Civil Veterinary Department. Central Provinces & Berar 1925-31 - 1925-1931
Year: 1925
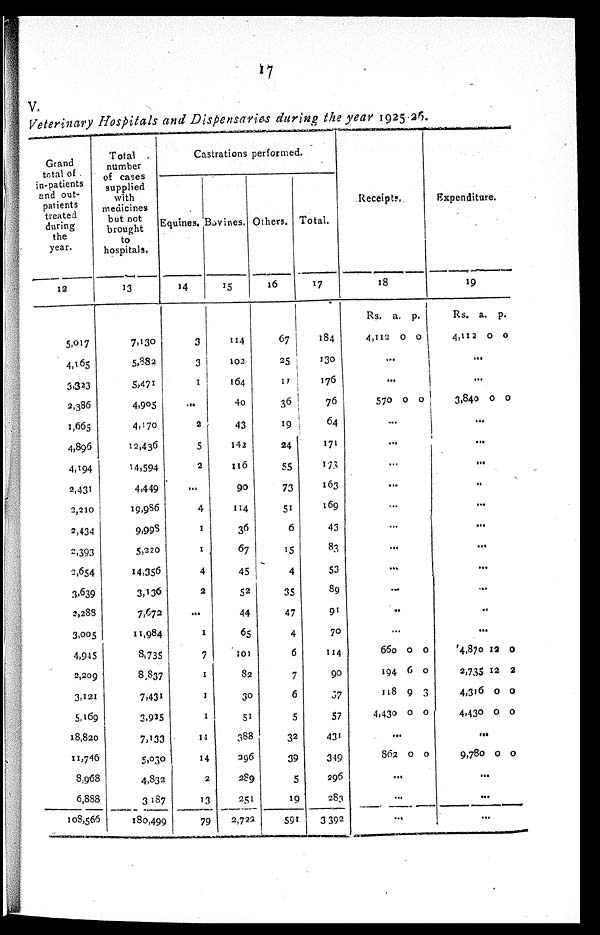
17
V.
Veterinary Hospitals and Dispensaries during the year 1925-26.
Grand
total of
in-patients
and out-
patients
treated
during
the
year.
12
5,017
4,165
3,323
2,386
1,665
4,896
4,194
2,431
2,210
2,434
2,393
2,654
3,639
2,288
3,005
4,945
2,209
3,121
5,169
18,820
11,746
8,968
6,888
108,566
Total
number
of cases
supplied
with
medicines
but not
brought
to
hospitals.
13
7,130
5,882
5,471
4,905
4,170
12,436
14,594
4,449
19,986
9,998
5,220
14,356
3,136
7,672
11,984
3,735
8,837
7,431
3,925
7,133
5,030
4,832
3,187
180,499
Castrations performed.
Equines.
14
3
3
1
...
2
5
2
...
4
1
1
4
2
...
1
7
1
1
1
14
14
2
13
79
Bovines.
15
114
102
164
40
43
142
116
90
114
36
67
45
52
44
65
101
82
30
51
388
296
289
251
2,722
Others.
16
67
25
17
36
19
24
55
73
51
6
15
4
35
47
4
6
7
6
5
32
39
5
19
591
Total.
17
184
130
176
76
64
171
173
163
169
43
83
53
89
91
70
114
90
37
57
431
349
596
283
3 392
Receipts.
18
Rs.
4,112
a.
0
p.
0
...
...
570 0 0
...
...
...
...
...
...
...
...
...
..
...
660
194
118
4,430
0
6
9
0
0
0
3
0
...
862 0 0
...
...
...
Expenditure.
19
Rs.
4,112
a.
0
p.
0
...
...
3,840 0 0
...
...
...
..
...
...
...
...
...
..
...
4,870
2,735
4,316
4,430
12
12
0
0
0
2
0
0
...
9,780 0 0
...
...
...